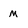
Character: m